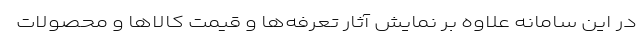
در این سامانه علاوه بر نمایش آثار تعرفه‌ها و قیمت کالاها و محصولات